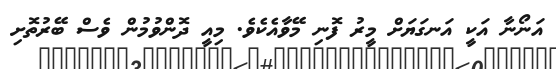
އަނޯނާ އަކީ އަނގަޔަށް މީރު ފޮނި މޭވާއެކެވެ. މިއީ ދޮންވުމުން ވެސް ބޭރުތޮށި